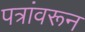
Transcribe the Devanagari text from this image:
पत्रांवरून